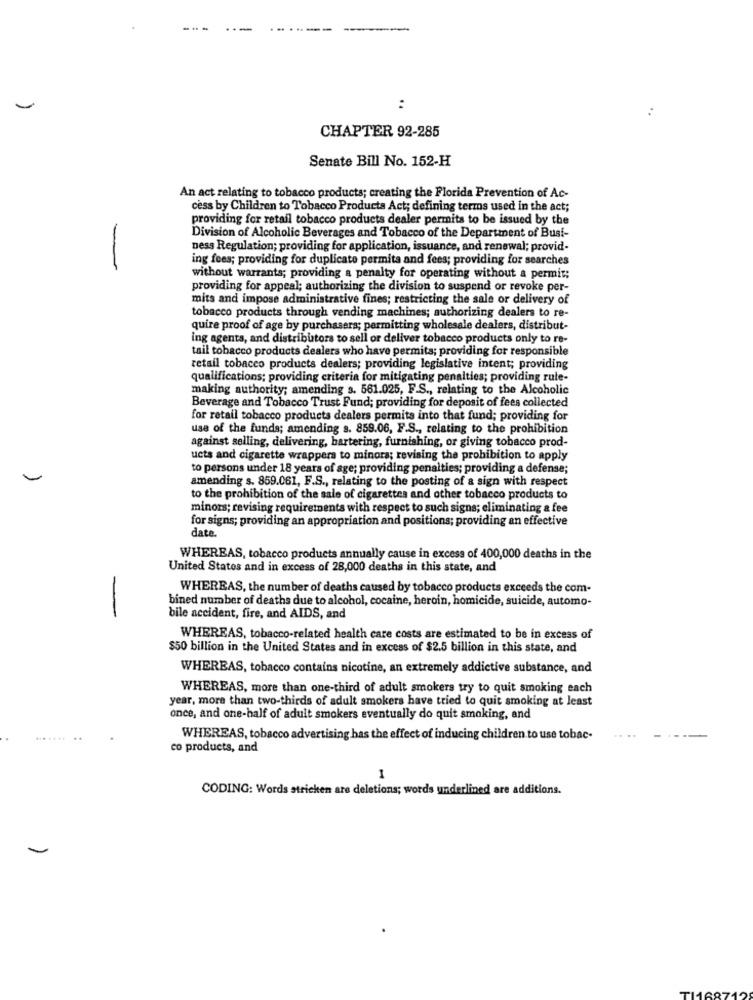
:
:
CHAPTER 92-285
Senate Bill No. 152-H
An act relating to tobacco products; creating the Florida Prevention of Ac-
cess by Children to Tobacco Products Act; defining terms used in the act;
providing for retail tobacco products dealer permits to be issued by the
Division of Alcoholic Beverages and Tobacco of the Department of Busi-
ness Regulation; providing for application, issuance, and renewal; provid-
ing fees; providing for duplicate permita and fees; providing for searches
without warrants; providing a penalty for operating without a permit;
providing for appeal; authorizing the division to suspend or revoke per-
mits and impose administrative fines; restricting the sale or delivery of
tobacco products through vending machines; authorizing dealers to re-
quire proof of age by purchasers; permitting wholesale dealers, distribut-
ing agents, and distributors to sell or deliver tobacco products only to re-
tail tobacco products dealers who have permits; providing for responsible
retail tobacco products dealers; providing legislative intent; providing
qualifications; providing criteria for mitigating penalties; providing rule-
making authority; amending s. 561.025, F.S ., relating to the Alcoholic
Beverage and Tobacco Trust Fund; providing for deposit of fees collected
for retail tobacco products dealers permits into that fund; providing for
use of the funds; amending s. 859.06, F.S ., relating to the prohibition
against selling, delivering, bartering, furnishing, or giving tobacco prod-
ucts and cigarette wrappera to minora; revising the prohibition to apply
to persons under 18 years of age; providing penalties; providing a defense;
amending s. 859.061, F.S ., relating to the posting of a sign with respect
to the prohibition of the sale of cigarettes and other tobacco products to
minors; revising requirements with respect to such signs; eliminating a fee
for signs; providing an appropriation and positions; providing an effective
date.
WHEREAS, tobacco products annually cause in excess of 400,000 deaths in the
United States and in excess of 28,000 deaths in this state, and
-
WHEREAS, the number of deaths caused by tobacco products exceeds the com-
bined number of deaths due to alcohol, cocaine, heroin, homicide, suicide, automo-
bile accident, fire, and AIDS, and
WHEREAS, tobacco-related health care costs are estimated to be in excess of
$50 billion in the United States and in excess of $2.5 billion in this state, and
WHEREAS, tobacco contains nicotine, an extremely addictive substance, and
WHEREAS, more than one-third of adult smokers try to quit smoking each
year, more than two-thirds of adult smokers have tried to quit smoking at least
once, and one-half of adult smokers eventually do quit smoking, and
... .... ..
WHEREAS, tobacco advertising has the effect of inducing children to use tobac-
co products, and
1
CODING: Words stricken are deletions; words underlined are additions.